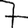
Digit: 7